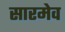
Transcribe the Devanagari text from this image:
सारमेव